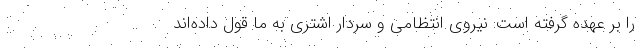
را بر عهده گرفته است: نیروی انتظامی و سردار اشتری به ما قول داده‌اند